18_6369445_General_1948_Vol_1
Agency: Department of War
Incident date: 6/15/48
Page 7
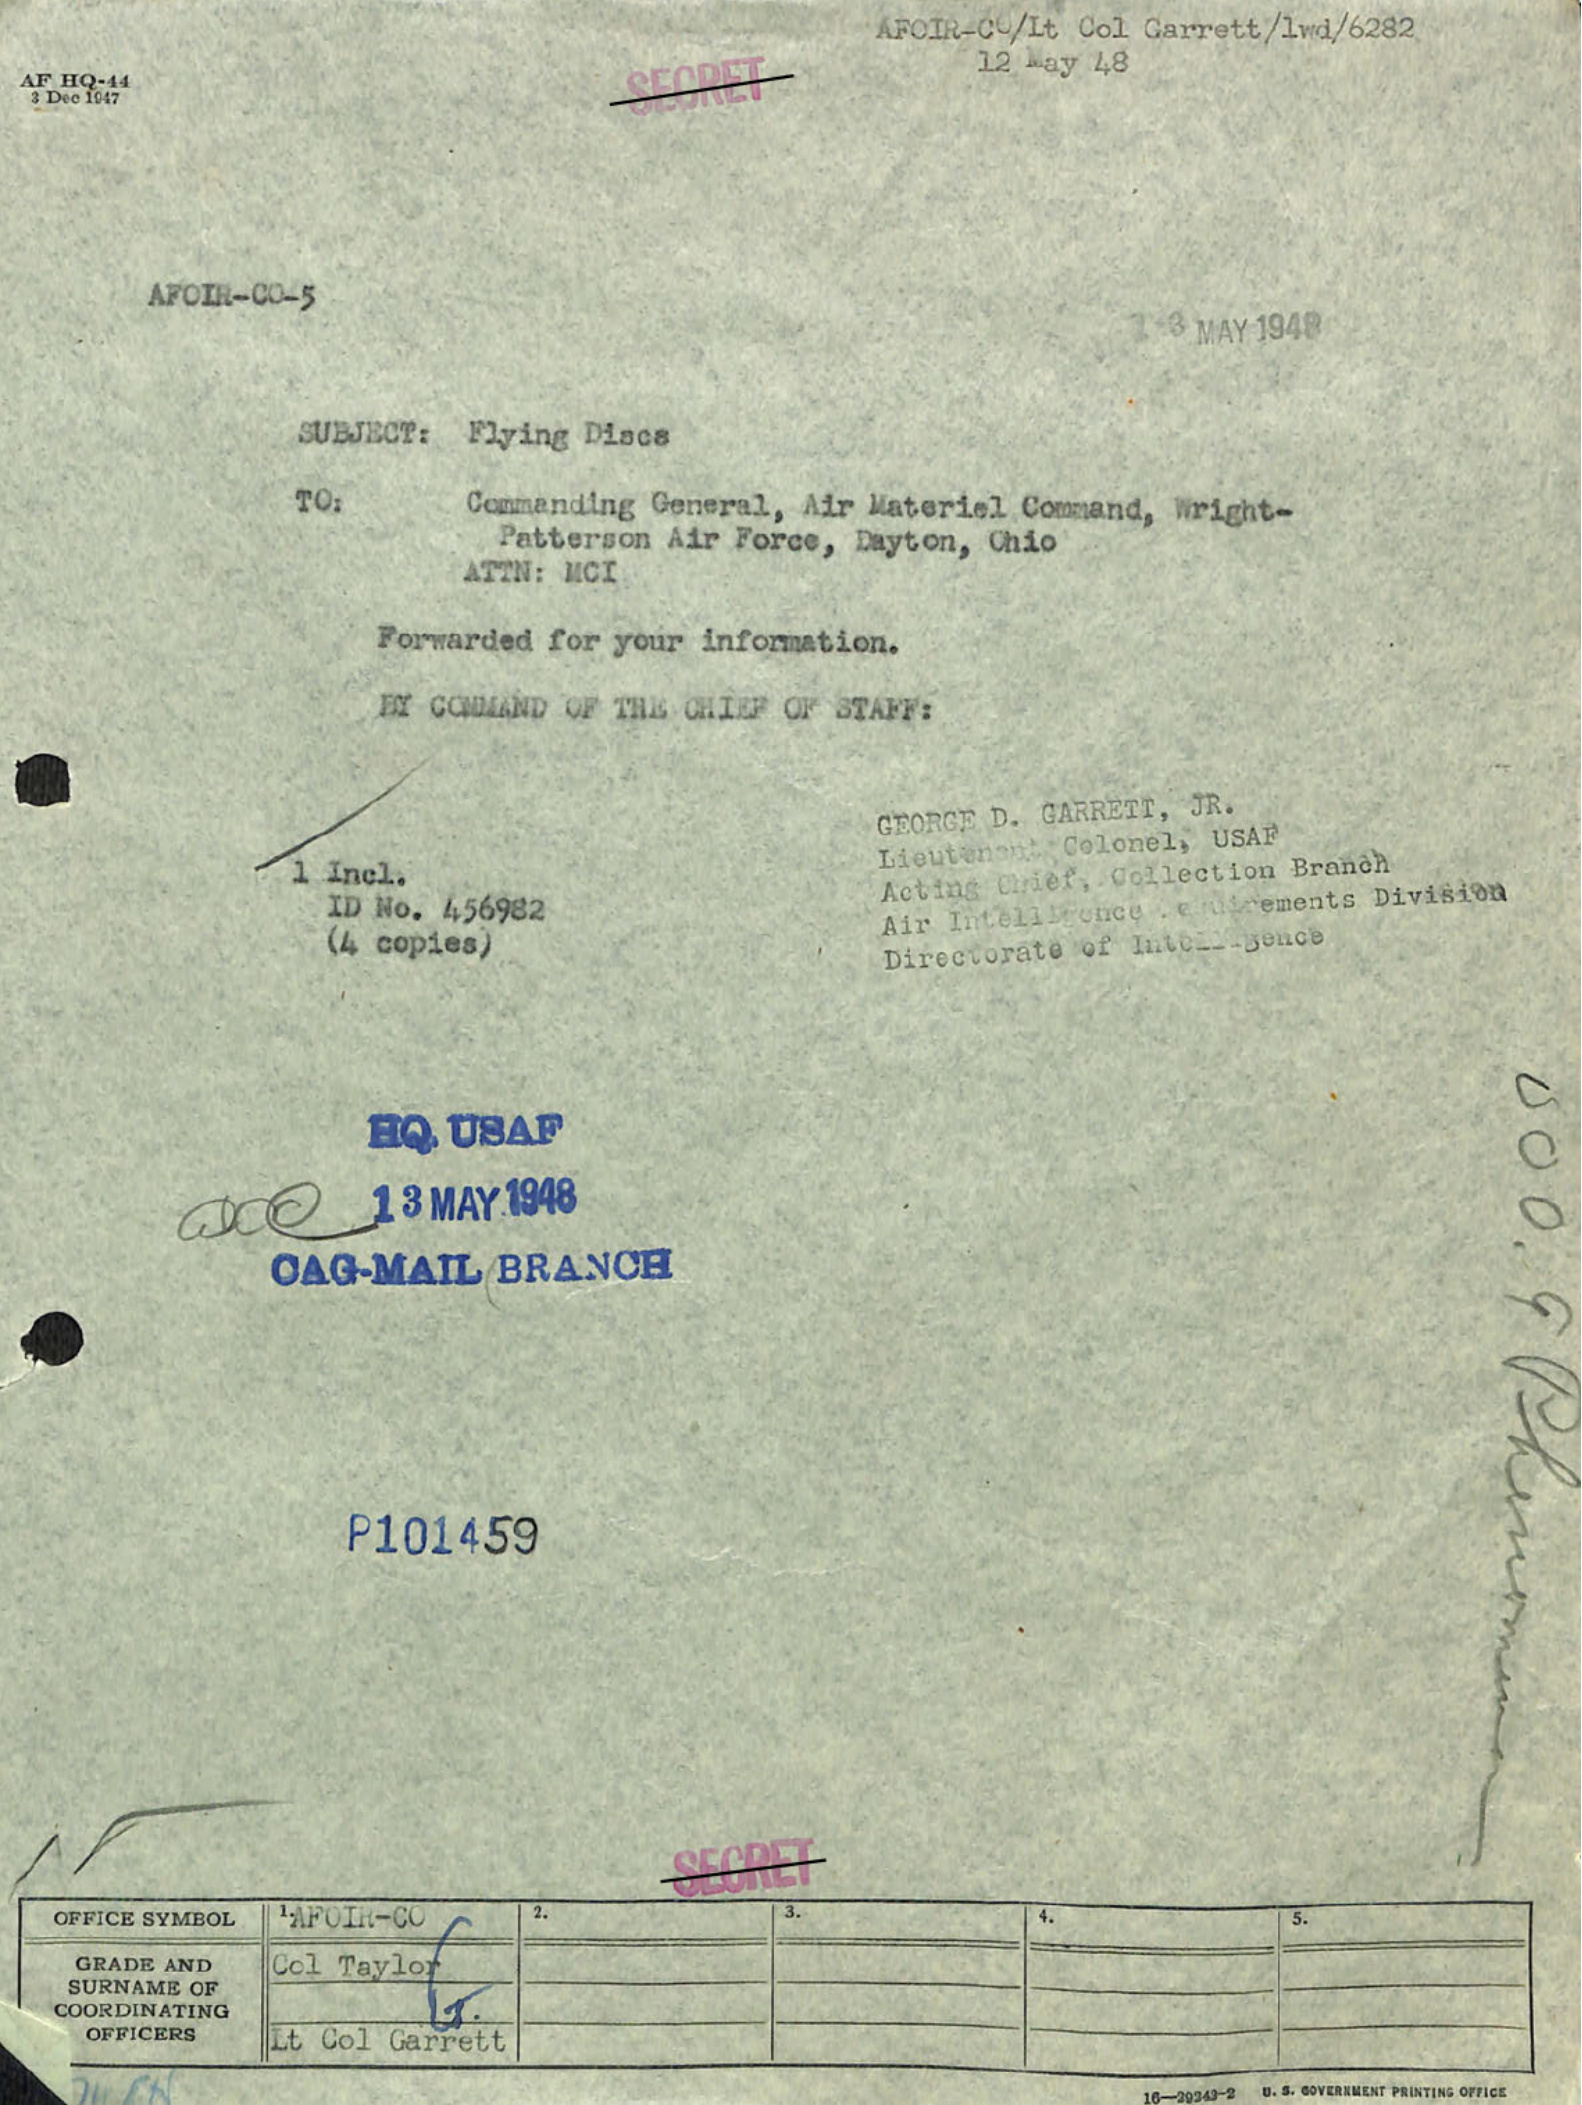